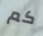
كم